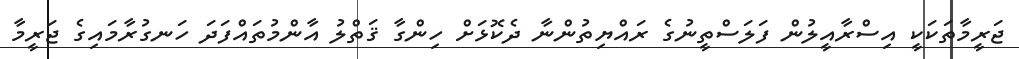
ޖަރީމާތަކަކީ އިސްރާއީލުން ފަލަސްތީނުގެ ރައްޔިތުންނާ ދެކޮޅަށް ހިންގާ ޤަތްލު އާންމުތައްފަދަ ހަނގުރާމައިގެ ޖަރީމާ